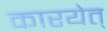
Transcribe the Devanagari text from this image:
कारयेत्‌